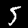
Label: 5